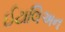
ઈટાલિઅન